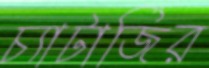
চ্যাটার্জির